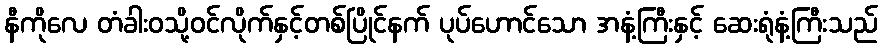
နီကိုလေ တံခါးဝသို့ဝင်လိုက်နှင့်တစ်ပြိုင်နက် ပုပ်ဟောင်သော အနံ့ကြီးနှင့် ဆေးရုံနံ့ကြီးသည်